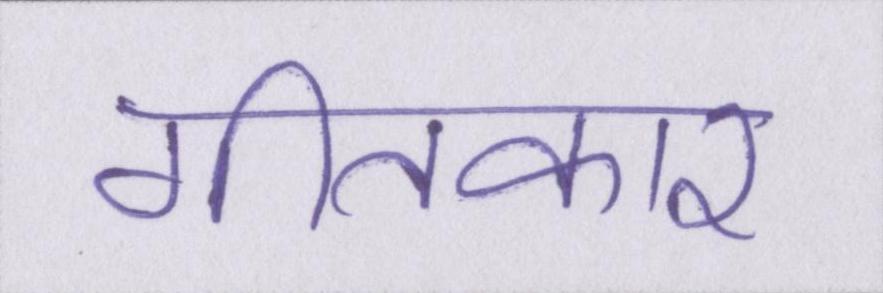
गीतकार